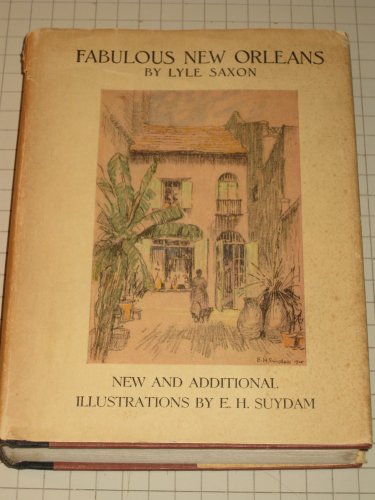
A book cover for Fabulous New Orleans; Lyle Saxon; Travel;